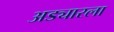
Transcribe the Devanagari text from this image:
अड्यारला